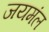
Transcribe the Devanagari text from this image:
जयमंल